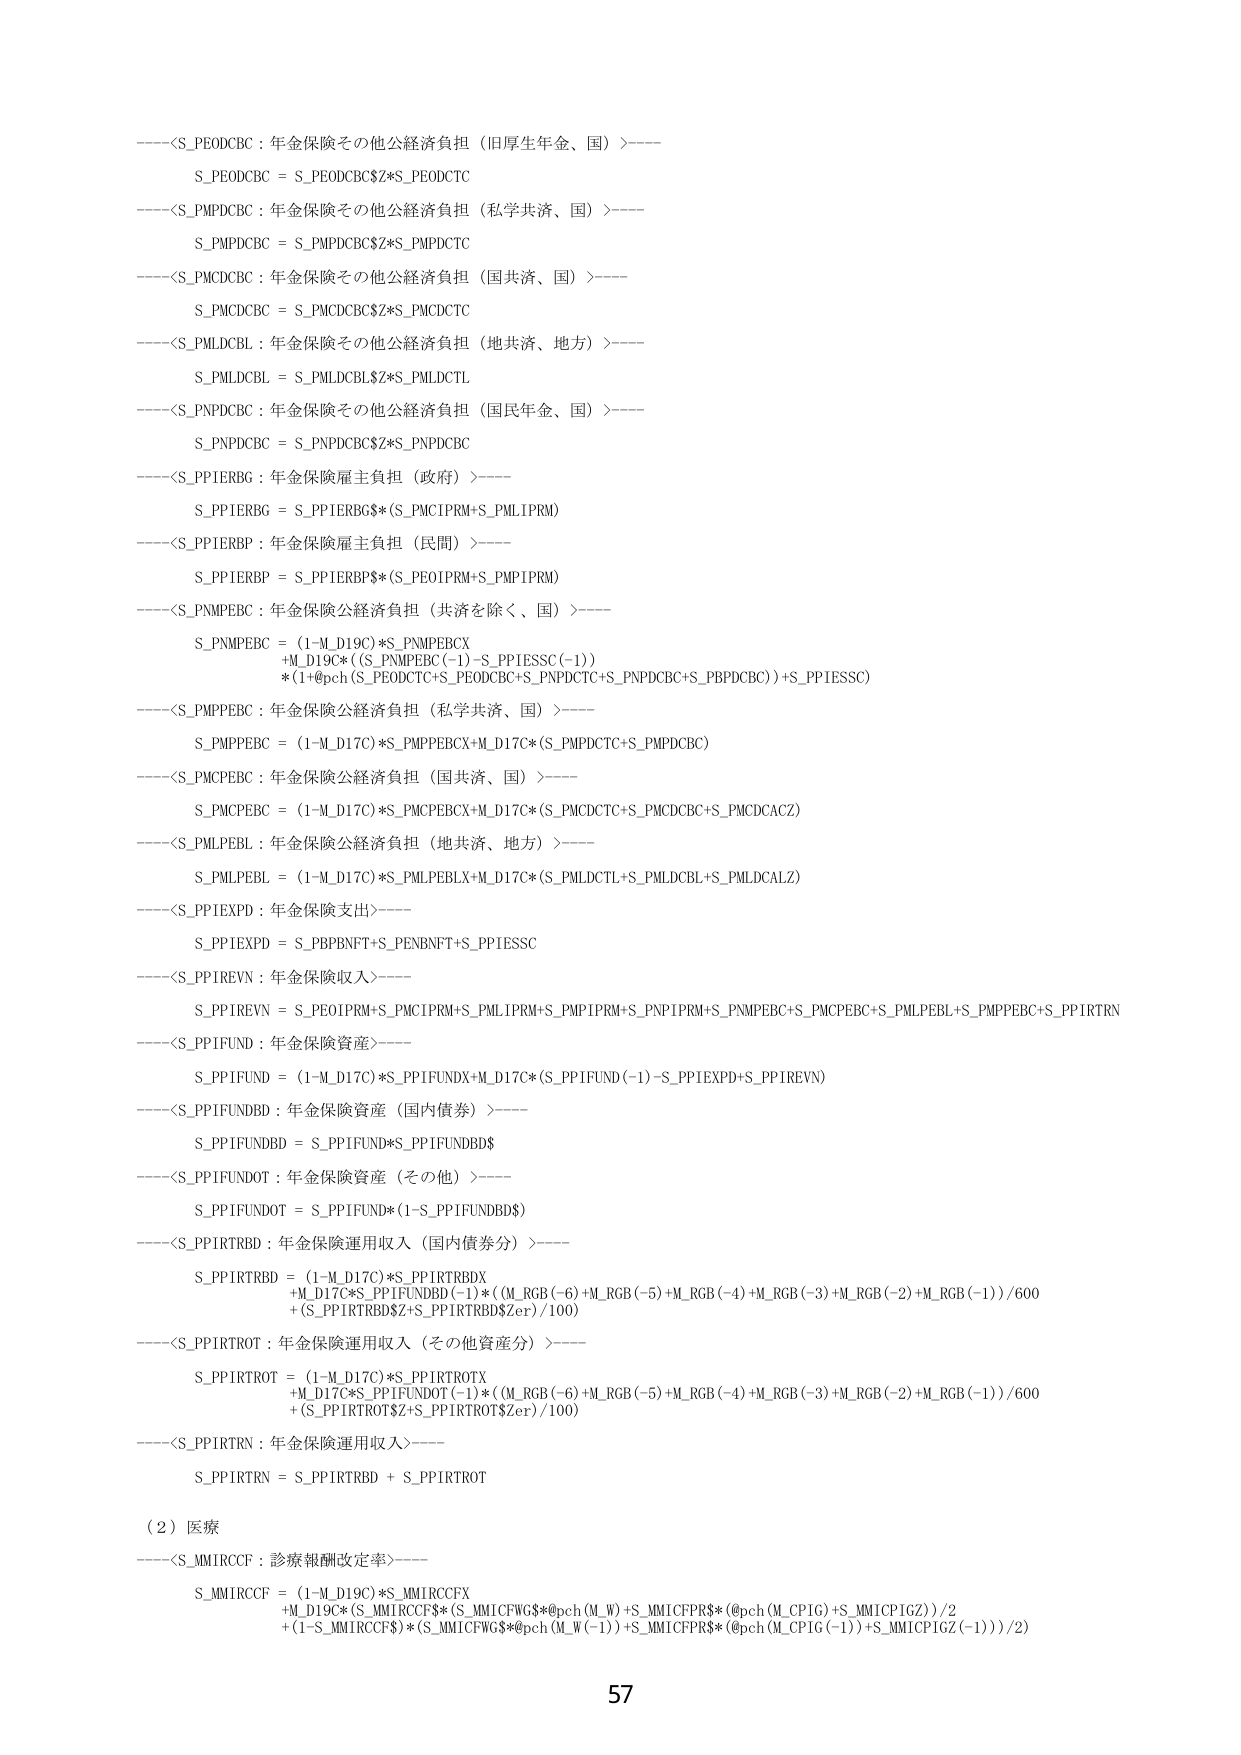
----<S_PEODCBC : 年金保険その他公経済負担（旧厚生年金、国）>----
S_PEODCBC = S_PEODCBC$Z*S_PEODCTC

----<S_PMPDCBC : 年金保険その他公経済負担（私学共済、国）>----
S_PMPDCBC = S_PMPDCBC$Z*S_PMPDCTC

----<S_PMCDCBC : 年金保険その他公経済負担（国共済、国）>----
S_PMCDCBC = S_PMCDCBC$Z*S_PMCDCTC

----<S_PMLDCBL : 年金保険その他公経済負担（地共済、地方）>----
S_PMLDCBL = S_PMLDCBL$Z*S_PMLDCTL

----<S_PNPD CBC : 年金保険その他公経済負担（国民年金、国）>----
S_PNPD CBC = S_PNPD CBC$Z*S_PNPD CBC

----<S_PPIERBG : 年金保険雇主負担（政府）>----
S_PPIERBG = S_PPIERBG$*(S_PMCIPRM+S_PMLIPRM)

----<S_PPIERBP : 年金保険雇主負担（民間）>----
S_PPIERBP = S_PPIERBP$*(S_PEOIPRM+S_PMPIPRM)

----<S_PNMPEBC : 年金保険公経済負担（共済を除く、国）>----
S_PNMPEBC = (1-M_D19C)*S_PNMPEBCX
+M_D19C*((S_PNMPEBC(-1)-S_PPIESSC(-1))
*(1+@pch(S_PEODCTC+S_PEODCBC+S_PNPDCTC+S_PNPD CBC+S_PBPDCBC))+S_PPIESSC)

----<S_PMPPEBC : 年金保険公経済負担（私学共済、国）>----
S_PMPPEBC = (1-M_D17C)*S_PMPPEBCX+M_D17C*(S_PMPDCTC+S_PMPDCBC)

----<S_PMCPEBC : 年金保険公経済負担（国共済、国）>----
S_PMCPEBC = (1-M_D17C)*S_PMCPEBCX+M_D17C*(S_PMC DCTC+S_PMCDCBC+S_PMCDCACZ)

----<S_PMLPEBL : 年金保険公経済負担（地共済、地方）>----
S_PMLPEBL = (1-M_D17C)*S_PMLPEBLX+M_D17C*(S_PMLDCTL+S_PMLDCBL+S_PMLDCALZ)

----<S_PPIEXPD : 年金保険支出>----
S_PPIEXPD = S_PBPBNFT+S_PENBNFT+S_PPIESSC

----<S_PPIREVN : 年金保険収入>----
S_PPIREVN = S_PEOIPRM+S_PMCIPRM+S_PMLIPRM+S_PMPIPRM+S_PNPIPRM+S_PNMPEBC+S_PMCPEBC+S_PMLPEBL+S_PMPPEBC+S_PPIRTRN

----<S_PPIFUND : 年金保険資産>----
S_PPIFUND = (1-M_D17C)*S_PPIFUNDX+M_D17C*(S_PPIFUND(-1)-S_PPIEXPD+S_PPIREVN)

----<S_PPIFUNDBD : 年金保険資産（国内債券）>----
S_PPIFUNDBD = S_PPIFUND*S_PPIFUNDBD$

----<S_PPIFUNDOT : 年金保険資産（その他）>----
S_PPIFUNDOT = S_PPIFUND*(1-S_PPIFUNDBD$)

----<S_PPIRTRBD : 年金保険運用収入（国内債券分）>----
S_PPIRTRBD = (1-M_D17C)*S_PPIRTRBDX
+M_D17C*S_PPIFUNDBD(-1)*(M_RGB(-6)+M_RGB(-5)+M_RGB(-4)+M_RGB(-3)+M_RGB(-2)+M_RGB(-1))/600
+(S_PPIRTRBDSZ+S_PPIRTRBDSZer)/100)

----<S_PPIRTROT : 年金保険運用収入（その他資産分）>----
S_PPIRTROT = (1-M_D17C)*S_PPIRTROT X
+M_D17C*S_PPIFUNDOT(-1)*(M_RGB(-6)+M_RGB(-5)+M_RGB(-4)+M_RGB(-3)+M_RGB(-2)+M_RGB(-1))/600
+(S_PPIRTROTSZ+S_PPIRTROTSZer)/100)

----<S_PPIRTRN : 年金保険運用収入>----
S_PPIRTRN = S_PPIRTRBD + S_PPIRTROT

（2）医療
----<S_MMI RCCF : 診療報酬改定率>----
S_MMI RCCF = (1-M_D19C)*S_MMI RCCFX
+M_D19C*(S_MMI RCCF$*(S_MMI CFWG$*@pch(M_W)+S_MMI CFPR$*(@pch(M_CP1G)+S_MMI CP1GZ))/2
+(1-S_MMI RCCF$)*(S_MMI CFWG$*@pch(M_W(-1))+S_MMI CFPR$*(@pch(M_CP1G(-1))+S_MMI CP1GZ(-1))))/2)

57